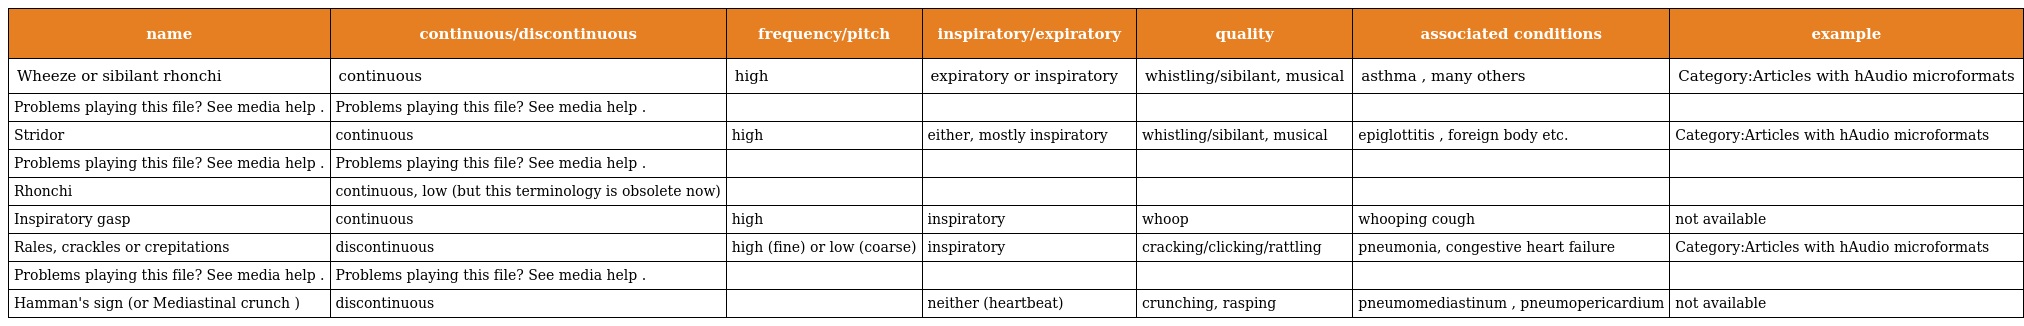
| name | continuous/discontinuous | frequency/pitch | inspiratory/expiratory | quality | associated conditions | example |
 | --- | --- | --- | --- | --- | --- | --- |
 | Wheeze or sibilant rhonchi | continuous | high | expiratory or inspiratory | whistling/sibilant, musical | asthma , many others | Category:Articles with hAudio microformats |
 | Problems playing this file? See media help . | Problems playing this file? See media help . |  |  |  |  |  |
 | Stridor | continuous | high | either, mostly inspiratory | whistling/sibilant, musical | epiglottitis , foreign body etc. | Category:Articles with hAudio microformats |
 | Problems playing this file? See media help . | Problems playing this file? See media help . |  |  |  |  |  |
 | Rhonchi | continuous, low (but this terminology is obsolete now) |  |  |  |  |  |
 | Inspiratory gasp | continuous | high | inspiratory | whoop | whooping cough | not available |
 | Rales, crackles or crepitations | discontinuous | high (fine) or low (coarse) | inspiratory | cracking/clicking/rattling | pneumonia, congestive heart failure | Category:Articles with hAudio microformats |
 | Problems playing this file? See media help . | Problems playing this file? See media help . |  |  |  |  |  |
 | Hamman's sign (or Mediastinal crunch ) | discontinuous |  | neither (heartbeat) | crunching, rasping | pneumomediastinum , pneumopericardium | not available |